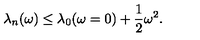
\lambda _ { n } ( \omega ) \leq \lambda _ { 0 } ( \omega = 0 ) + { \frac { 1 } { 2 } } \omega ^ { 2 } .